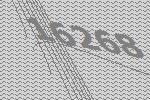
16268